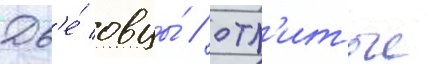
Дв'е́ овцы́ / отл'итые